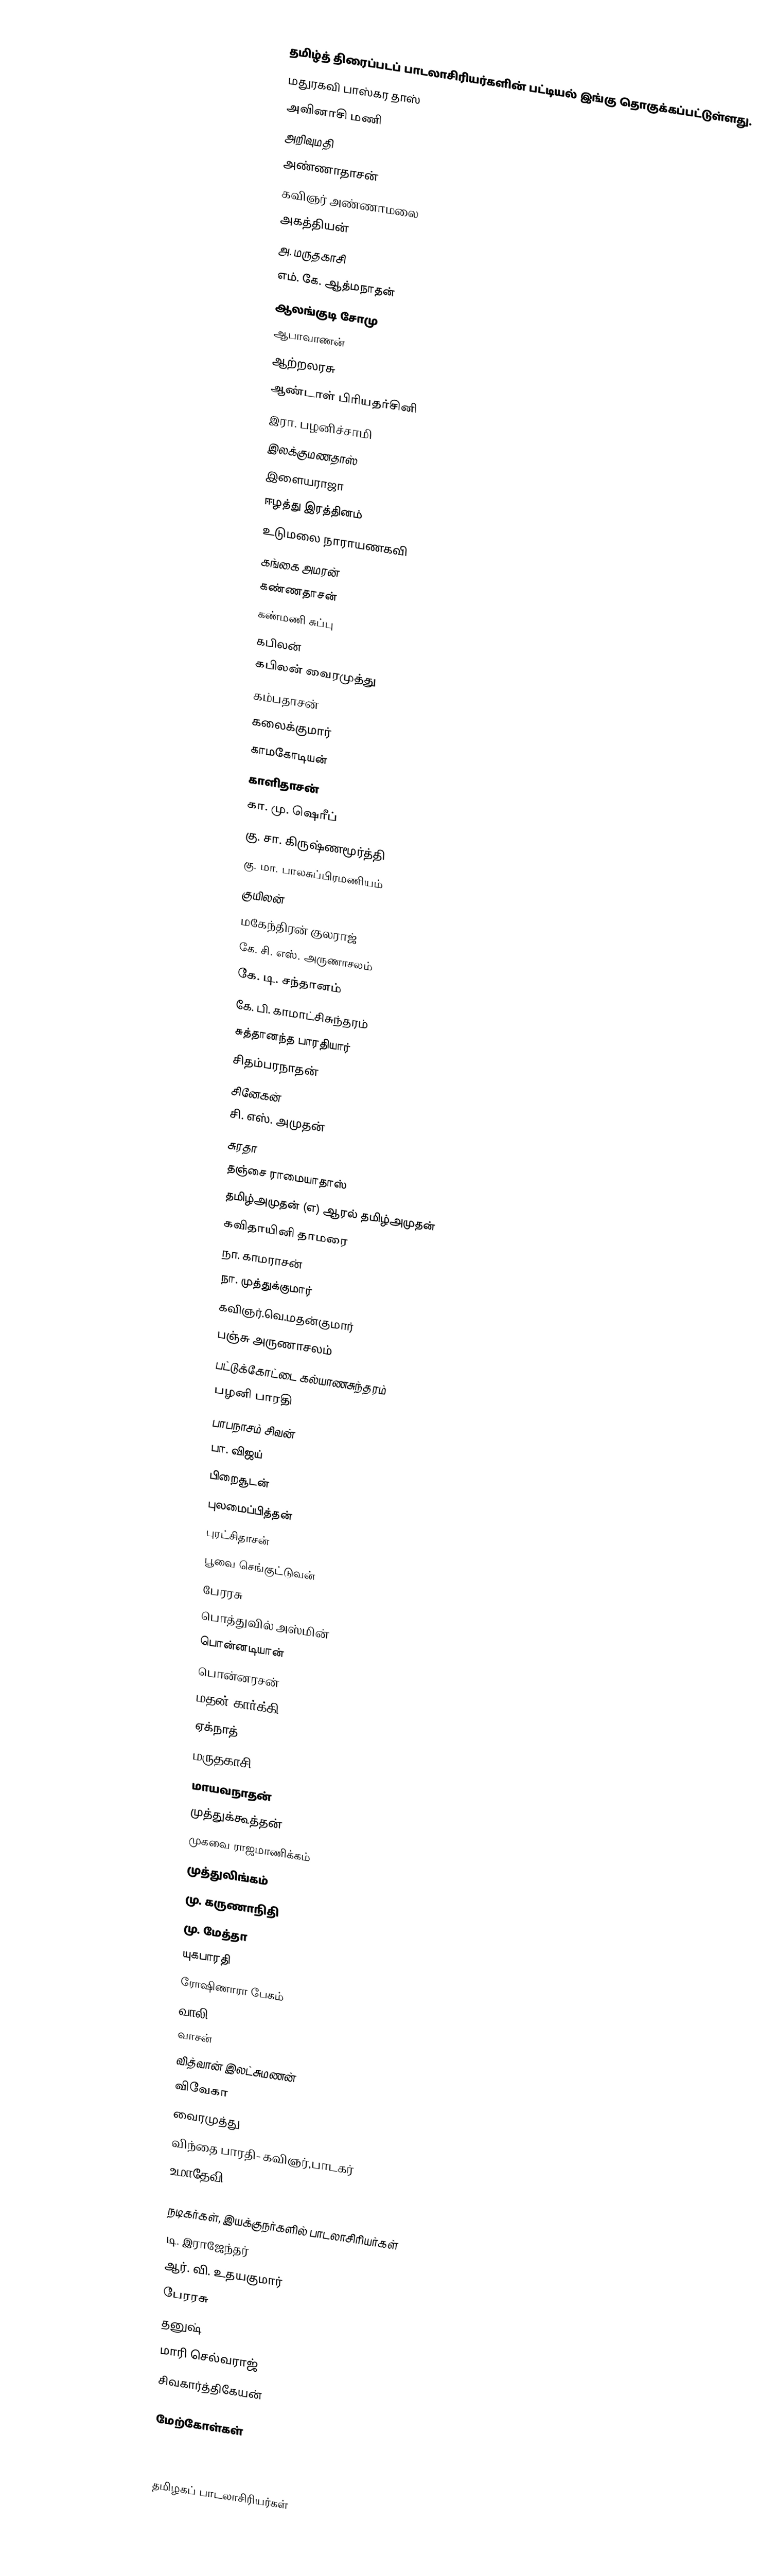
தமிழ்த் திரைப்படப் பாடலாசிரியர்களின் பட்டியல் இங்கு தொகுக்கப்பட்டுள்ளது.
மதுரகவி பாஸ்கர தாஸ்
 அவினாசி மணி
 அறிவுமதி
 அண்ணாதாசன்
 கவிஞர் அண்ணாமலை
 அகத்தியன்
 அ. மருதகாசி
 எம். கே. ஆத்மநாதன்
 ஆலங்குடி சோமு
 ஆபாவாணன்
 ஆற்றலரசு
 ஆண்டாள் பிரியதர்சினி
 இரா. பழனிச்சாமி
 இலக்குமணதாஸ்
 இளையராஜா
 ஈழத்து இரத்தினம்
 உடுமலை நாராயணகவி
 கங்கை அமரன்
 கண்ணதாசன்
 கண்மணி சுப்பு
 கபிலன்
 கபிலன் வைரமுத்து
 கம்பதாசன்
 கலைக்குமார்
 காமகோடியன்
 காளிதாசன்
 கா. மு. ஷெரீப்
 கு. சா. கிருஷ்ணமூர்த்தி
 கு. மா. பாலசுப்பிரமணியம்
 குயிலன்
 மகேந்திரன் குலராஜ்
 கே. சி. எஸ். அருணாசலம்
 கே. டி. சந்தானம்
 கே. பி. காமாட்சிசுந்தரம்
 சுத்தானந்த பாரதியார்
 சிதம்பரநாதன்
 சினேகன்
 சி. எஸ். அமுதன்
 சுரதா
 தஞ்சை ராமையாதாஸ்
 தமிழ்அமுதன் (எ) ஆரல் தமிழ்அமுதன்
 கவிதாயினி தாமரை
 நா. காமராசன்
 நா. முத்துக்குமார்
 கவிஞர்.வெ.மதன்குமார்
 பஞ்சு அருணாசலம்
 பட்டுக்கோட்டை கல்யாணசுந்தரம்
 பழனி பாரதி
 பாபநாசம் சிவன்
 பா. விஜய்
 பிறைசூடன்
 புலமைப்பித்தன்
 புரட்சிதாசன்
 பூவை செங்குட்டுவன்
 பேரரசு
 பொத்துவில் அஸ்மின்
 பொன்னடியான்
 பொன்னரசன்
 மதன் கார்க்கி
 ஏக்நாத்
 மருதகாசி
 மாயவநாதன்
 முத்துக்கூத்தன்
 முகவை ராஜமாணிக்கம்
 முத்துலிங்கம்
 மு. கருணாநிதி
 மு. மேத்தா
 யுகபாரதி
 ரோஷிணாரா பேகம்
 வாலி
 வாசன்
 வித்வான் இலட்சுமணன்
 விவேகா
 வைரமுத்து
 விந்தை பாரதி- கவிஞர்,பாடகர்
 உமாதேவி

நடிகர்கள், இயக்குநர்களில் பாடலாசிரியர்கள்
 டி. இராஜேந்தர்
 ஆர். வி. உதயகுமார்
 பேரரசு
 தனுஷ்
 மாரி செல்வராஜ்
 சிவகார்த்திகேயன்

மேற்கோள்கள்

தமிழகப் பாடலாசிரியர்கள்